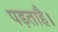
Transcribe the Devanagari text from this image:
पड़ताहै।